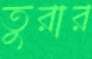
তুরার